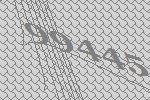
99445